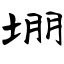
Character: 堋